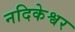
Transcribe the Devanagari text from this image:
नदिकेश्वर